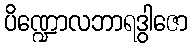
ပိဏ္ဍောလဘာရဒွါဇော